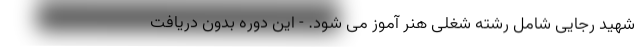
شهید رجایی شامل رشته شغلی هنر آموز می شود. - این دوره بدون دریافت